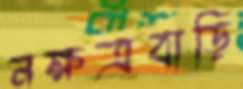
নক্ষত্রবাড়ি